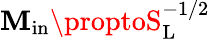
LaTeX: \mathbf{M}_{\mathrm{{{in}}}}\proptoS_{\mathrm{{{L}}}}^{-1/2}